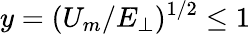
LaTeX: y=(U_{m}/E_{\perp})^{1/2}\le 1